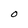
Character: o